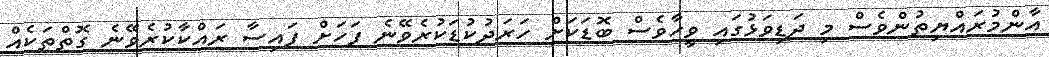
އާންމުރައްޔިތުންވެސް މި ދަޑިވަޅުގައި ވީހާވެސް ބޮޑަކަށް ހަރަދުކުޑަކުރެވޭނެ ފަހަށް ފައިސާ ރައްކާކުރެވޭނެ ގޮތްތަކެއް